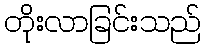
တိုးလာခြင်းသည်